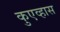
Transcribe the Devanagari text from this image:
कुएव्हास